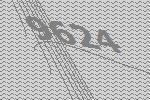
9624